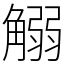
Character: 䚥